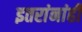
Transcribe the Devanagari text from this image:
इतरांनांही